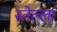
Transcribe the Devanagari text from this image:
स्तेल्ला